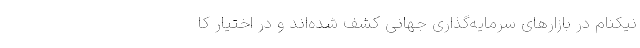
نیکنام در بازارهای سرمایه‌گذاری جهانی کشف شده‌‌اند و در اختیار کا